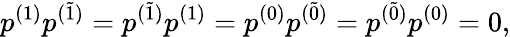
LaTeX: p^{(1)}p^{(\widetilde{1})}=p^{(\widetilde{1})}p^{(1)}=p^{(0)}p^{(\widetilde{0})}=p^{(\widetilde{0})}p^{(0)}=0,